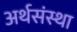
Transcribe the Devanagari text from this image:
अर्थसंस्था